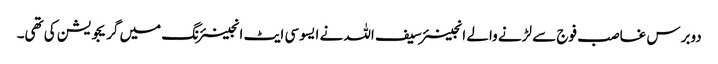
دوبرس غاصب فوج سے لڑنے والے انجینئر سیف اللہ نے ایسوسی ایٹ انجینئرنگ میں گریجویشن کی تھی۔